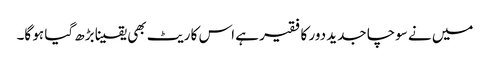
میں نے سوچا جدید دور کا فقیر ہے اس کا ریٹ بھی یقینا بڑھ گیا ہو گا۔